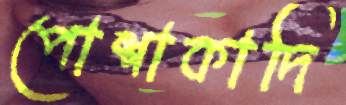
পোশাকাদি